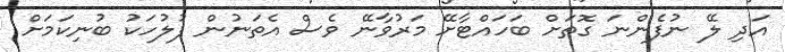
އަދި ލޭ ނުފެންނަ ގޮތަށް ބަހައްޓާށޭ މަރުވާނޭ ވެސް އެތަނުން ފުލުހަކު ބުނިކަމަށް